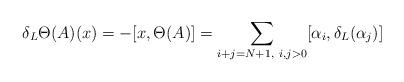
LaTeX: \begin{align*}\delta_L\Theta(A)(x)=-[x,\Theta(A)]=\sum_{i+j=N+1,~i,j>0}[\alpha_i,\delta_L(\alpha_j)]\end{align*}